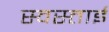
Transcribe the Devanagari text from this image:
स्वस्ताई